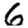
Digit: 6